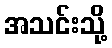
အသင်းသို့